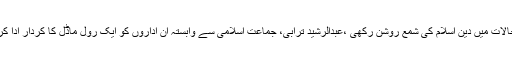
مساجد اورمدارس نے نا مساعد حالات میں دین اسلام کی شمع روشن رکھی ،عبدالرشید ترابی، جماعت اسلامی سے وابستہ ان اداروں کو ایک رول ماڈل کا کردار ادا کرنا چاہیے ‘امیر جماعت اسلامی ۔